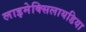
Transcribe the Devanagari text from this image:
लाइमेक्सिलायडिया